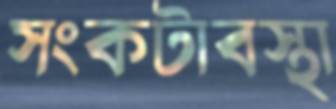
সংকটাবস্থা